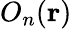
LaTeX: O_{n}(\mathbf{r})